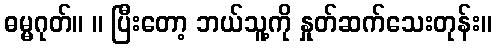
ဓမ္မဂုတ်။ ။ ပြီးတော့ ဘယ်သူ့ကို နှုတ်ဆက်သေးတုန်း။